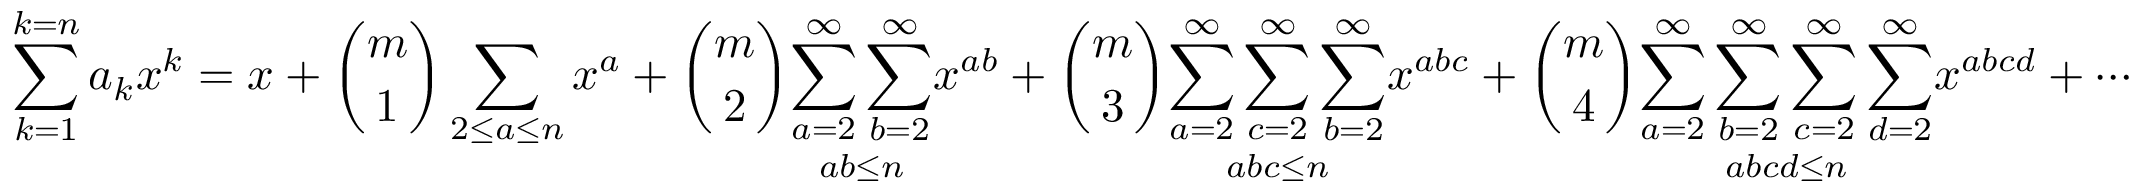
\sum _ { k = 1 } ^ { k = n } a _ { k } x ^ { k } = x + { \binom { m } { 1 } } \sum _ { 2 \leq a \leq n } x ^ { a } + { \binom { m } { 2 } } { \underset { a b \leq n } { \sum _ { a = 2 } ^ { \infty } \sum _ { b = 2 } ^ { \infty } } } x ^ { a b } + { \binom { m } { 3 } } { \underset { a b c \leq n } { \sum _ { a = 2 } ^ { \infty } \sum _ { c = 2 } ^ { \infty } \sum _ { b = 2 } ^ { \infty } } } x ^ { a b c } + { \binom { m } { 4 } } { \underset { a b c d \leq n } { \sum _ { a = 2 } ^ { \infty } \sum _ { b = 2 } ^ { \infty } \sum _ { c = 2 } ^ { \infty } \sum _ { d = 2 } ^ { \infty } } } x ^ { a b c d } + \cdots